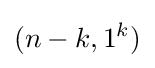
(n-k,1^{k})